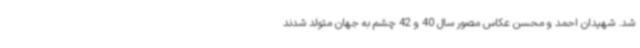
شد. شهیدان احمد و محسن عکاس مصور سال 40 و 42 چشم به جهان متولد شدند